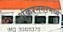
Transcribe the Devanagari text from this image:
शंकरनगरमध्ये